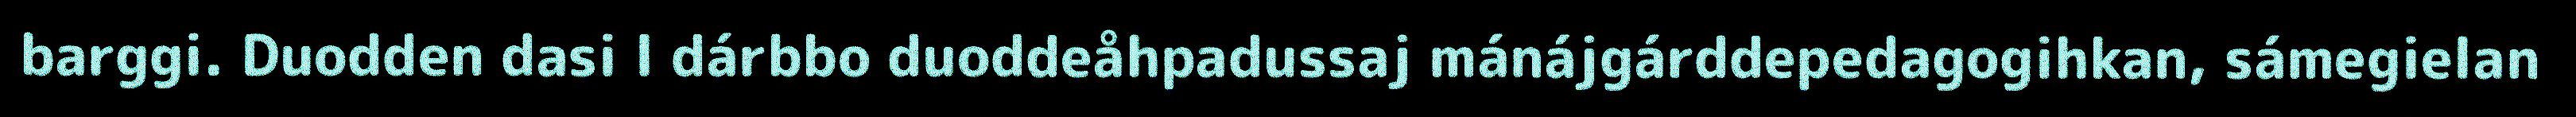
barggi. Duodden dasi l dárbbo duoddeåhpadussaj mánájgárddepedagogihkan, sámegielan